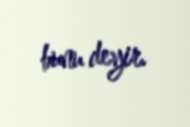
bunu deyir.